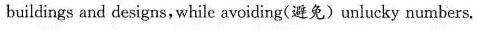
buildings and designs, while avoiding(避免)unlucky numbers.